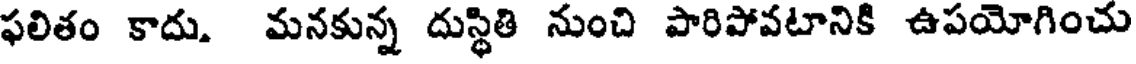
ఫలితం కాదు. మనకున్న దుస్థితి నుంచి పారిపోవటానికి ఉపయోగించు